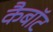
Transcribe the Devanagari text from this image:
कैबॉट